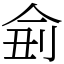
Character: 侴